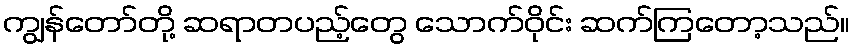
ကျွန်တော်တို့ ဆရာတပည့်တွေ သောက်ဝိုင်း ဆက်ကြတော့သည်။